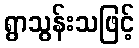
ရွာသွန်းသဖြင့်